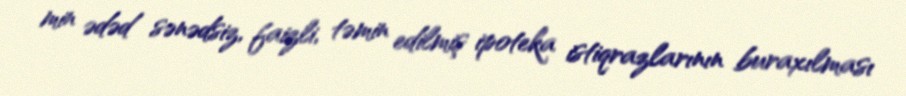
min ədəd sənədsiz, faizli, təmin edilmiş ipoteka istiqrazlarının buraxılması